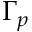
\Gamma _ { p }